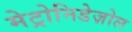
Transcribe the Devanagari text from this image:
मेट्रोनिडेज़ोल